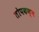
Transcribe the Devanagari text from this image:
तोपकक्ष